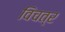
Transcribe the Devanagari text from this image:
विचत्र